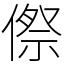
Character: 傺